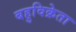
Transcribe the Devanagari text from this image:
बहुविक्रेता